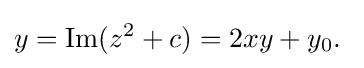
y=\mathop {\mathrm {Im} } (z^{2}+c)=2xy+y_{0}.\